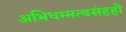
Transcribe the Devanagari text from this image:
अभिधम्मत्थसंहहो